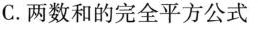
C.两数和的完全平方公式